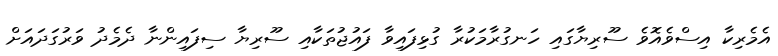
އެމެރިކާ އިސްވެއޮވެ ސޫރިޔާގައި ހަނގުރާމަކުރާ ގުޅިފައިވާ ފައުޖުތަކާއި ސޫރިޔާ ސިފައިންނާ ދެމެދު ވަރުގަދައަށް